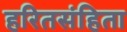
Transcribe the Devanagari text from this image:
हरितसंहिता